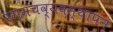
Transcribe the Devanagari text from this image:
रंगमंचव्यवस्थापन